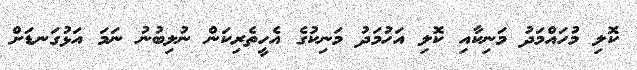
ކޮލި މުހައްމަދު މަނިކާއި ކޮލި އަހުމަދު މަނިކުގެ އެހީތެރިކަން ނުލިބުނު ނަމަ އަޅުގަނޑަށް